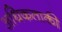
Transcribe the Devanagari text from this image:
अधिकताकी